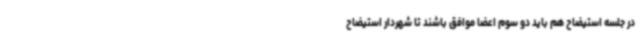
در جلسه استیضاح هم باید دو سوم اعضا موافق باشند تا شهردار استیضاح